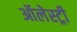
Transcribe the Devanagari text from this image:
ऑलेस्ट्री